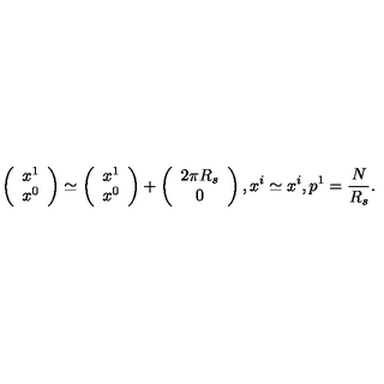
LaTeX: \left( \begin{array} { c } { x ^ { 1 } } \\ { x ^ { 0 } } \\ \end{array} \right) \simeq \left( \begin{array} { c } { x ^ { 1 } } \\ { x ^ { 0 } } \\ \end{array} \right) + \left( \begin{array} { c } { 2 \pi R _ { s } } \\ { 0 } \\ \end{array} \right) , x ^ { i } \simeq x ^ { i } , p ^ { 1 } = \frac { N } { R _ { s } } .